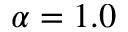
\alpha = 1 . 0